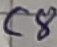
Text: C8